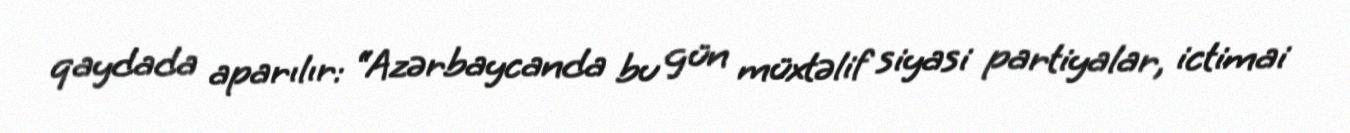
qaydada aparılır: “Azərbaycanda bu gün müxtəlif siyasi partiyalar, ictimai